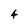
Character: 4